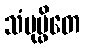
သံပုပ္ဖိတေ